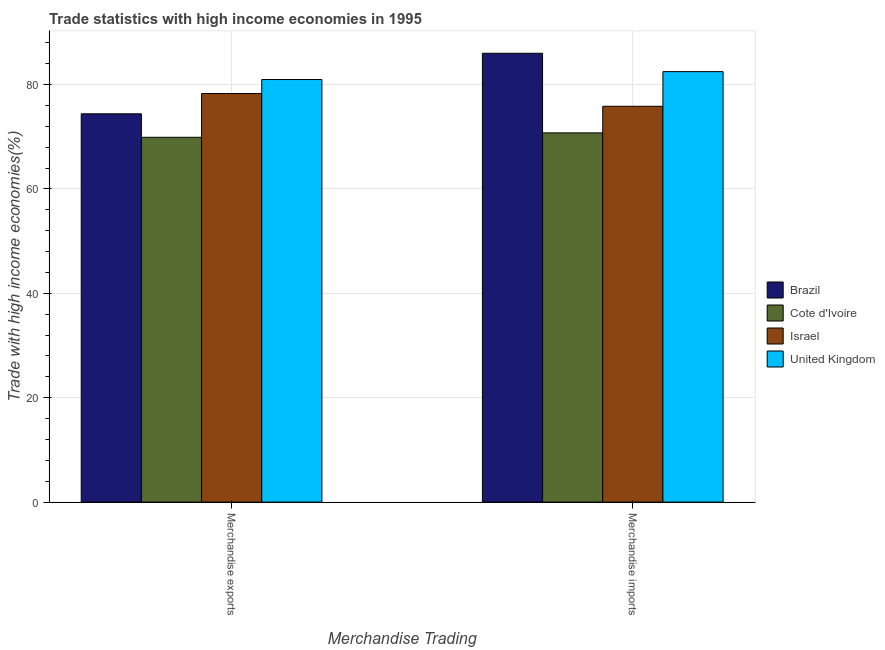
| Merchandise Trading | Brazil | Cote d'Ivoire | Israel | United Kingdom |
 | --- | --- | --- | --- | --- |
 | Merchandise exports | 74.4 | 69.9 | 78.3 | 80.9 |
 | Merchandise imports | 86 | 70.7 | 75.8 | 82.5 |